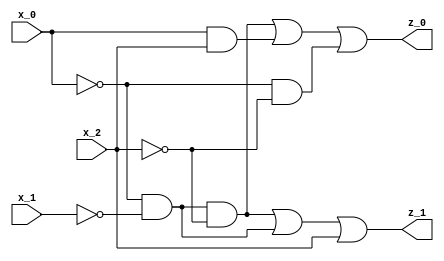
module lab1 (x_0,x_1,x_2,z_0,z_1);
parameter delay=1;
input x_0, x_1, x_2;
output z_0, z_1;
wire x_0, x_1, x_2;
wire y0, y1, y2, y3;
reg z_0, z_1;
always @(y0, y1, y2, y3, x_2)
begin # delay
       z_0 <=  y1 || y2 || y3;
       z_1 <=  y1 || y0 || x_2; 
end 
assign #delay
       y1 = y0 && ~x_2,
       y2 = x_0 && x_2,
       y3 = ~x_0 && ~x_2,  
       y0 = ~x_0 && ~x_1;
endmodule